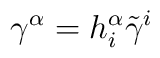
\gamma ^{\alpha }=h_{i}^{\alpha }\tilde{\gamma}^{i}